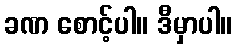
ခဏ စောင့်ပါ။ ဒီမှာပါ။